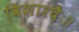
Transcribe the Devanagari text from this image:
विशारदैः॥